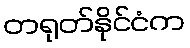
တရုတ်နိုင်ငံက